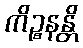
ကိဉ္စနန္တိ